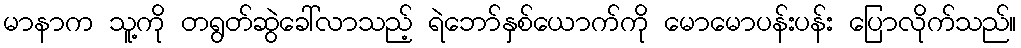
မာနာက သူ့ကို တရွတ်ဆွဲခေါ်လာသည့် ရဲဘော်နှစ်ယောက်ကို မောမောပန်းပန်း ပြောလိုက်သည်။